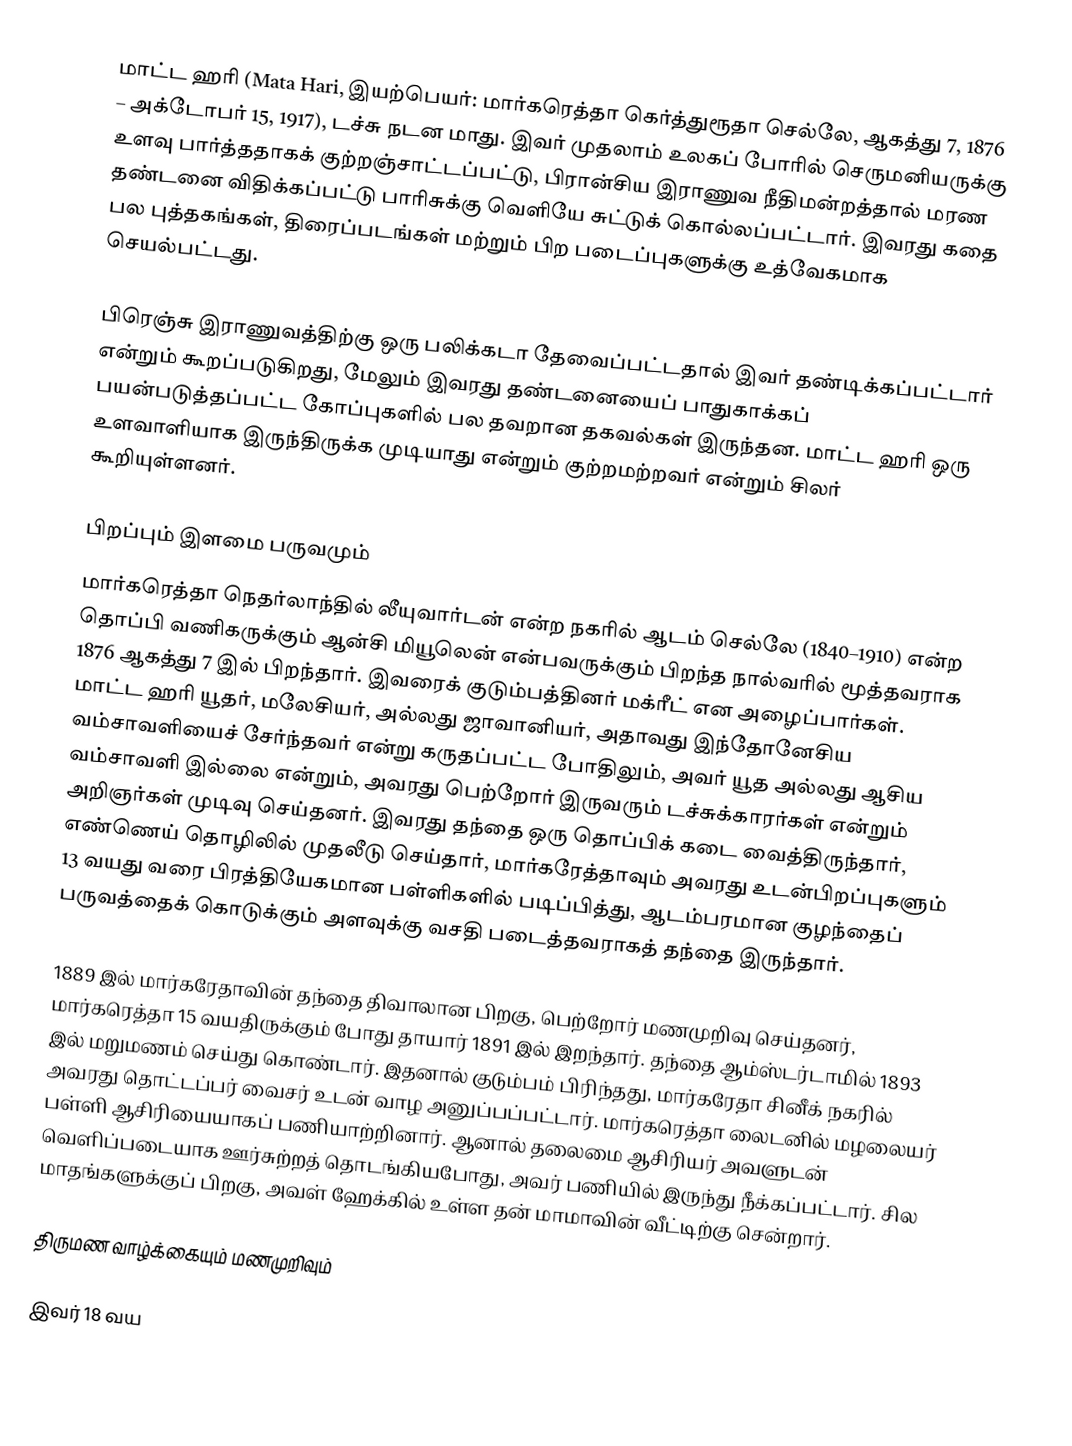
மாட்ட ஹரி (Mata Hari, இயற்பெயர்: மார்கரெத்தா கெர்த்துரூதா செல்லே, ஆகத்து 7, 1876 – அக்டோபர் 15, 1917), டச்சு நடன மாது. இவர் முதலாம் உலகப் போரில் செருமனியருக்கு உளவு பார்த்ததாகக் குற்றஞ்சாட்டப்பட்டு, பிரான்சிய இராணுவ நீதிமன்றத்தால் மரண தண்டனை விதிக்கப்பட்டு பாரிசுக்கு வெளியே சுட்டுக் கொல்லப்பட்டார். இவரது கதை பல புத்தகங்கள், திரைப்படங்கள் மற்றும் பிற படைப்புகளுக்கு உத்வேகமாக செயல்பட்டது.

பிரெஞ்சு இராணுவத்திற்கு ஒரு பலிக்கடா தேவைப்பட்டதால் இவர் தண்டிக்கப்பட்டார் என்றும் கூறப்படுகிறது, மேலும் இவரது தண்டனையைப் பாதுகாக்கப் பயன்படுத்தப்பட்ட கோப்புகளில் பல தவறான தகவல்கள் இருந்தன. மாட்ட ஹரி ஒரு உளவாளியாக இருந்திருக்க முடியாது என்றும் குற்றமற்றவர் என்றும் சிலர் கூறியுள்ளனர்.

பிறப்பும் இளமை பருவமும்
மார்கரெத்தா நெதர்லாந்தில் லீயுவார்டன் என்ற நகரில் ஆடம் செல்லே (1840–1910) என்ற தொப்பி வணிகருக்கும் ஆன்சி மியூலென் என்பவருக்கும் பிறந்த நால்வரில் மூத்தவராக 1876 ஆகத்து 7 இல் பிறந்தார். இவரைக் குடும்பத்தினர் மக்ரீட் என அழைப்பார்கள். மாட்ட ஹரி யூதர், மலேசியர், அல்லது ஜாவானியர், அதாவது இந்தோனேசிய வம்சாவளியைச் சேர்ந்தவர் என்று கருதப்பட்ட போதிலும், அவர் யூத அல்லது ஆசிய வம்சாவளி இல்லை என்றும், அவரது பெற்றோர் இருவரும் டச்சுக்காரர்கள் என்றும் அறிஞர்கள் முடிவு செய்தனர். இவரது தந்தை ஒரு தொப்பிக் கடை வைத்திருந்தார், எண்ணெய் தொழிலில் முதலீடு செய்தார், மார்கரேத்தாவும் அவரது உடன்பிறப்புகளும் 13 வயது வரை பிரத்தியேகமான பள்ளிகளில் படிப்பித்து, ஆடம்பரமான குழந்தைப் பருவத்தைக் கொடுக்கும் அளவுக்கு வசதி படைத்தவராகத் தந்தை இருந்தார்.

1889 இல் மார்கரேதாவின் தந்தை திவாலான பிறகு, பெற்றோர் மணமுறிவு செய்தனர், மார்கரெத்தா 15 வயதிருக்கும் போது தாயார் 1891 இல் இறந்தார். தந்தை ஆம்ஸ்டர்டாமில் 1893 இல் மறுமணம் செய்து கொண்டார். இதனால் குடும்பம் பிரிந்தது, மார்கரேதா சினீக் நகரில் அவரது தொட்டப்பர் வைசர் உடன் வாழ அனுப்பப்பட்டார். மார்கரெத்தா லைடனில் மழலையர் பள்ளி ஆசிரியையாகப் பணியாற்றினார். ஆனால் தலைமை ஆசிரியர் அவளுடன் வெளிப்படையாக ஊர்சுற்றத் தொடங்கியபோது, அவர் பணியில் இருந்து நீக்கப்பட்டார். சில மாதங்களுக்குப் பிறகு, அவள் ஹேக்கில் உள்ள தன் மாமாவின் வீட்டிற்கு சென்றார்.

திருமண வாழ்க்கையும் மணமுறிவும்

இவர் 18  வய